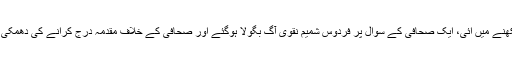
دریں اثنا فردوس شمیم نقوی کی پریس کانفرنس میں بدنظمی دیکھنے میں آئی، ایک صحافی کے سوال پر فردوس شمیم نقوی آگ بگولا ہوگئے اور صحافی کے خلاف مقدمہ درج کرانے کی دھمکی دے دی جس پر صحافیوں نے پریس کانفرنس کا بائیکاٹ کردیا۔